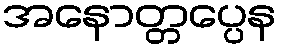
အနောတ္တပ္ပေန